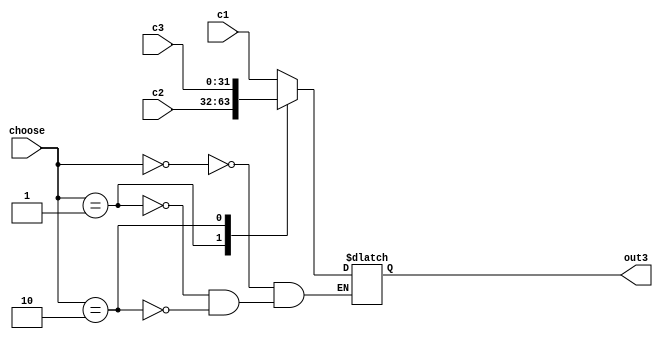
module M3to1 (
    input [31:0] c1,
    input [31:0] c2,
    input [31:0] c3,
    input [1:0] choose,

    output reg [31:0] out3
  );
  always @(*)
  begin
    case (choose)
      2'b00: out3=c1;
      2'b01: out3=c2;
      2'b10: out3=c3;
    endcase
  end
endmodule